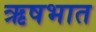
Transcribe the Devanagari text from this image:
ऋषभात